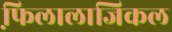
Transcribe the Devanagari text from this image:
फि़लालाजिकल